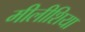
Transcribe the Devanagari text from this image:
मीलीशिया